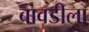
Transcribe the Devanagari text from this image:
बावडीला